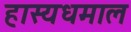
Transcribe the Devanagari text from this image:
हास्यधमाल